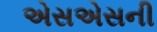
એસએસની